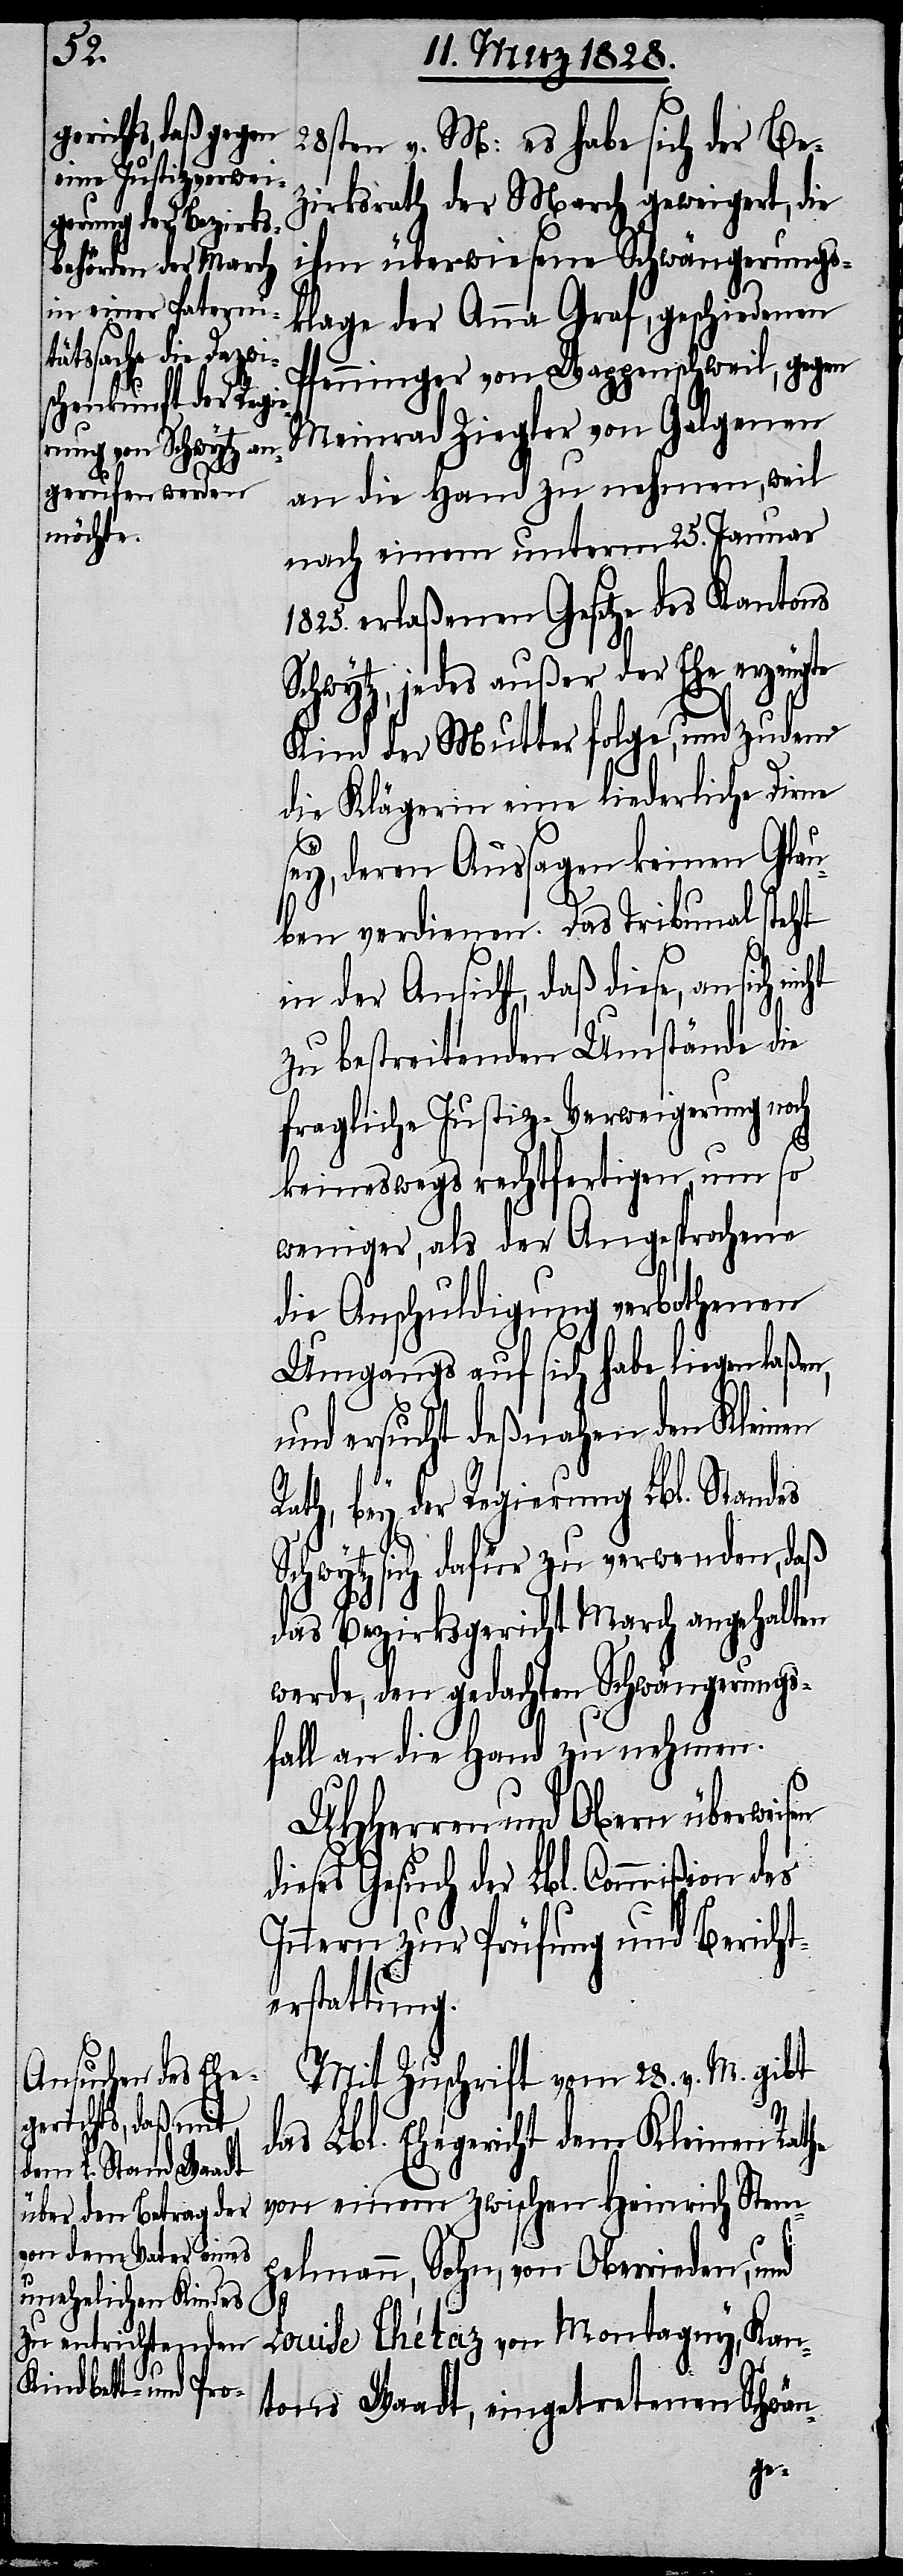
28sten v. M: es habe sich der Be¬
zirksrath der March geweigert, die
ihm überwiesene Schwängerungs¬
klage der Anna Graf, geschiedenen
Pfenninger von Wappenschweil, gegen
Meinrad Ziegler von Galgenen
an die Hand zu nehmen, weil
nach einem unterm 25. Januar
1825. erlaßenen Gesetze des Kantons
Schwytz, jedes außer der Ehe erzeugte
Kind der Mutter folge, und zudem
die Klägerin eine liederliche Dirne
sey, deren Aussagen keinen Glau¬
ben verdienen. Das Tribunal steht
he
in der Ansicht, daß diese, an sich
zu bestreitenden Umstände die
fragliche Justiz-Verweigerung noch
keineswegs rechtfertigen, um so
weniger, als der Angesprochene
die Anschuldigung verbothenen
Umgangs auf sich haben liegen laßen,
und ersucht deßnahen den Kleinen
d¬
Rath, bey der Regierung Lbl. Standes
Schwytz sich dafür zu verwenden, daß
das Bezirksgericht March angehalten
werde, den gedachten Schwängerungs¬
fall an die Hand zu nehmen.
UHHerren und Obern überweis¬
ieses Gesuch der Lbl. Commißion des
Innern zur Prüfung und Bericht¬
erstattung.
Mit Zuschrift vom 28. v. M. gibt
das Lbl. Ehegericht dem Kleinen Rat¬
von einem zwischen Heinrich Stem¬
pelmann, Sohn, von Oberrieden, und
Louise Thétaz von Montagny, Kan¬
tons Waadt, eingetretenen Schwän-